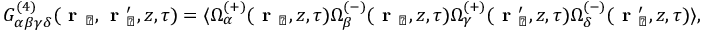
\begin{array} { r } { G _ { \alpha \beta \gamma \delta } ^ { ( 4 ) } ( \textbf { r } _ { \perp } , \textbf { r } _ { \perp } ^ { \prime } , z , \tau ) = \langle \Omega _ { \alpha } ^ { ( + ) } ( \textbf { r } _ { \perp } , z , \tau ) \Omega _ { \beta } ^ { ( - ) } ( \textbf { r } _ { \perp } , z , \tau ) \Omega _ { \gamma } ^ { ( + ) } ( \textbf { r } _ { \perp } ^ { \prime } , z , \tau ) \Omega _ { \delta } ^ { ( - ) } ( \textbf { r } _ { \perp } ^ { \prime } , z , \tau ) \rangle , } \end{array}